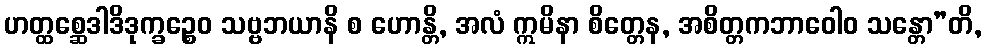
ဟတ္ထစ္ဆေဒါဒိဒုက္ခဉ္စေဝ သဗ္ဗဘယာနိ စ ဟောန္တိ, အလံ ဣမိနာ စိတ္တေန, အစိတ္တကဘာဝေါဝ သန္တော”တိ,